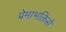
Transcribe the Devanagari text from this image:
प्रेमाभक्तिसे